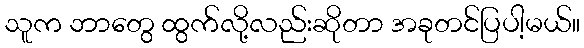
သူက ဘာတွေ ထွက်လို့လည်းဆိုတာ အခုတင်ပြပါ့မယ်။